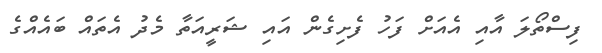
ފިސްތޯލަ އާއި އެއަށް ފަހު ފެށިގެން އައި ޝަރީއަތާ މެދު އެތައް ބައެއްގެ